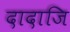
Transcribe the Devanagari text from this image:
दादाजि